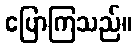
ပြောကြသည်။